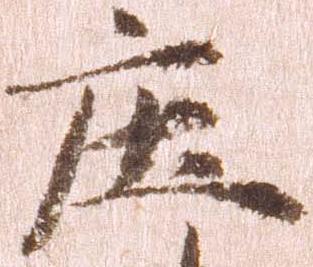
庄